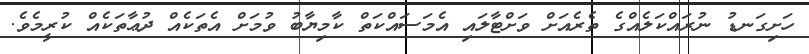
ހަށިގަނޑު ނުރައްކަލެއްގެ ތެރެއަށް ވަށްޓާލައި އެމަސައްކަތް ކާމިޔާބު ވުމަށް އެތަކެއް ދުޢާތަކެއް ކުރީމެވެ.